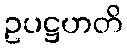
ဥပဋ္ဌဟတိ